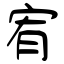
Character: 宥